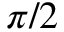
\pi / 2